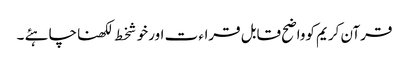
قرآن کریم کوواضح قابل قراء ت اورخوشخط لکھناچاہئے ۔